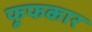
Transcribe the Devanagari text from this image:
फूफकार